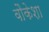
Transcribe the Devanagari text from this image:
वौकेशा